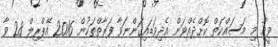
ވީމާ މި މަސައްކަތް ކޮށްދެއްވަން އެދިވަޑައިގަންނަވާ ފަރާތްތަކުން 2016 އޭޕްރިލް 28 ވާ